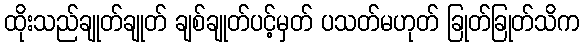
ထိုးသည်ချုတ်ချုတ် ချစ်ချုတ်ပင့်မှတ် ပသတ်မဟုတ် ခြုတ်ခြုတ်သိက